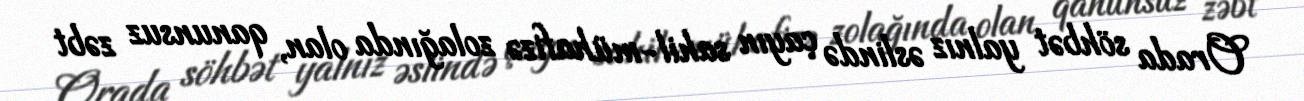
Orada söhbət yalnız əslində çayın sahil-mühafizə zolağında olan, qanunsuz zəbt